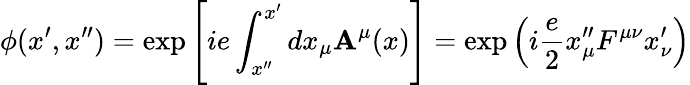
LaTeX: \phi(x^{\prime},x^{\prime\prime})=\exp\left[ie\int_{x^{\prime\prime}}^{x^{\prime}}dx_{\mu}\mathbf{A}^{\mu}(x)\right]=\exp\left(i{\frac{{e}}{{2}}}x_{\mu}^{\prime\prime}F^{\mu\nu}x_{\nu}^{\prime}\right)